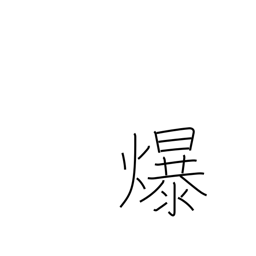
Meaning: split